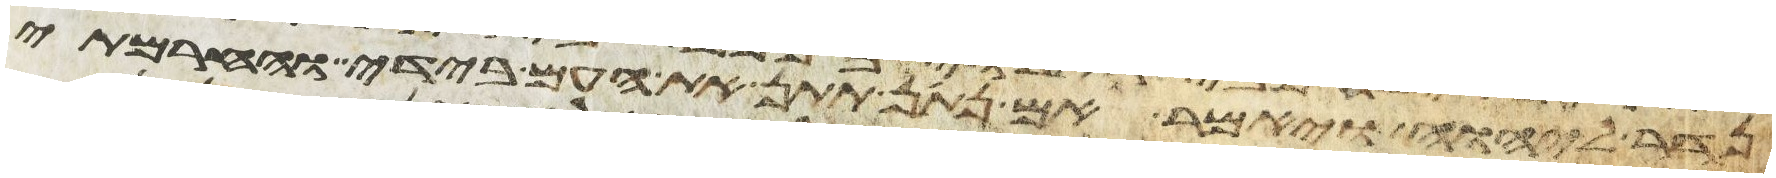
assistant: נדר ליהוה ויאמר אם נתון תתן את העם הזה בידי וחרמתי